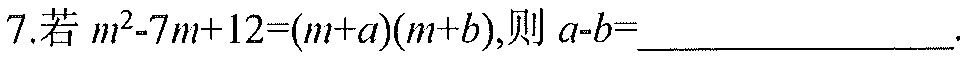
7.若$m^{2}-7m + 12=(m + a)(m + b)$，则$a - b=$  。